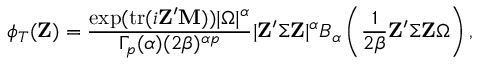
\phi _ { T } ( \mathbf { Z } ) = { \frac { \exp ( \mathrm { { t r } } ( i \mathbf { Z } ^ { \prime } \mathbf { M } ) ) | { \boldsymbol { \Omega } } | ^ { \alpha } } { \Gamma _ { p } ( \alpha ) ( 2 \beta ) ^ { \alpha p } } } | \mathbf { Z } ^ { \prime } { \boldsymbol { \Sigma } } \mathbf { Z } | ^ { \alpha } B _ { \alpha } \left( { \frac { 1 } { 2 \beta } } \mathbf { Z } ^ { \prime } { \boldsymbol { \Sigma } } \mathbf { Z } { \boldsymbol { \Omega } } \right) ,